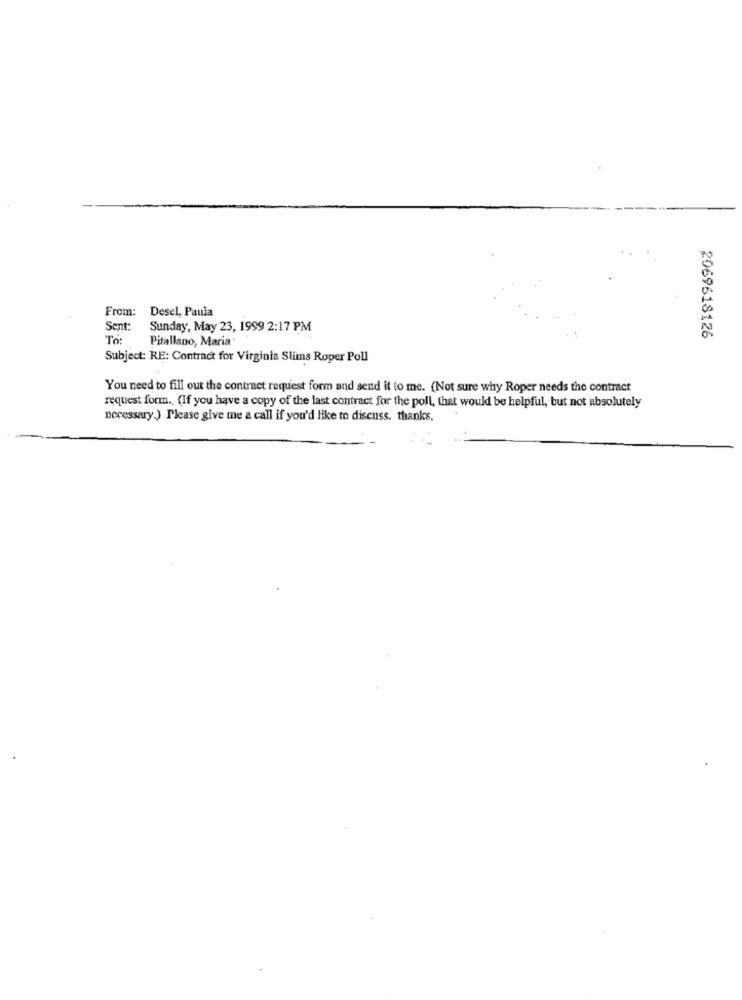
From:
Desel, Paula
Sent:
Sunday, May 23, 1999 2:17 PM
To:
Pitallano, Maria
2069618126
Subject: RE: Contract for Virginia Slims Roper Poll
You need to fill out the contract request form and send it to me. (Not sure why Roper needs the contract
request form. (if you have a copy of the last contract for the poll, that would be helpful, but not absolutely
necessary.) Please give me a call if you'd like to discuss. thanks.